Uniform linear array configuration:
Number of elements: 32
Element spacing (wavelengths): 0.25
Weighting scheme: uniform
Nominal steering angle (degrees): -60
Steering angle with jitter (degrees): -58.76
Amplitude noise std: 0.05
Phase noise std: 0.05

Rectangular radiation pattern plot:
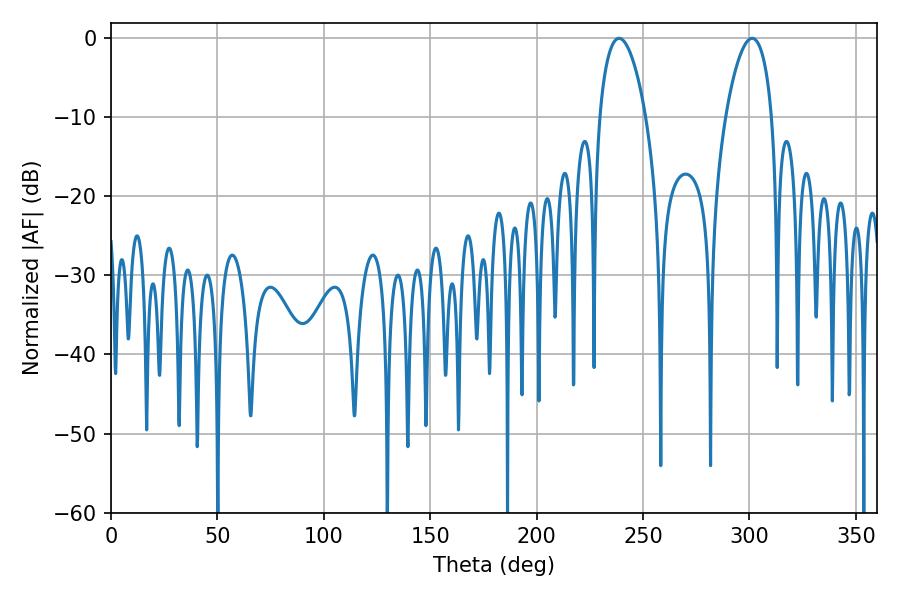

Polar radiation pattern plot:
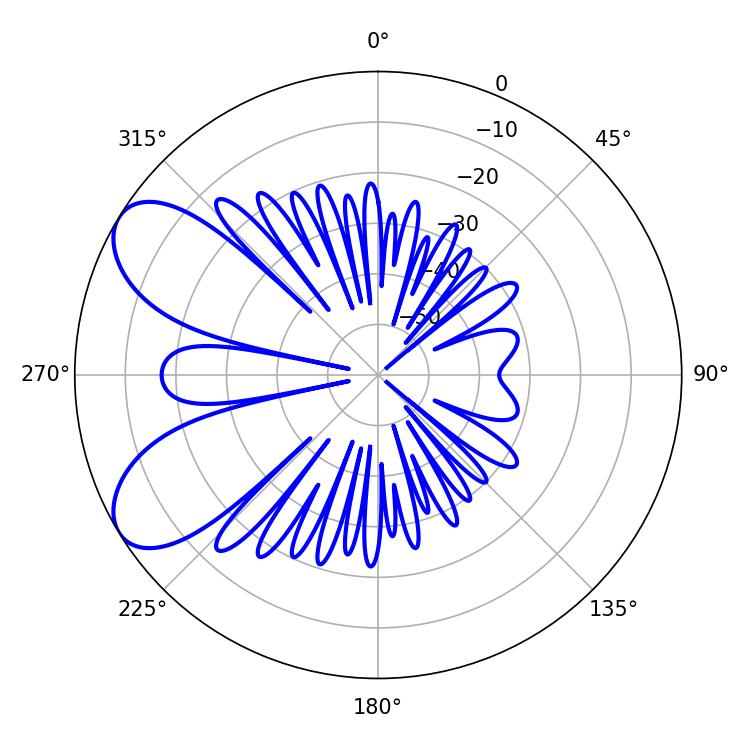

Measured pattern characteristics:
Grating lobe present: FALSE
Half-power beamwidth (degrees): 12.24
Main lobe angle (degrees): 238.68